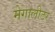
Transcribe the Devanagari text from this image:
मेगालीटर